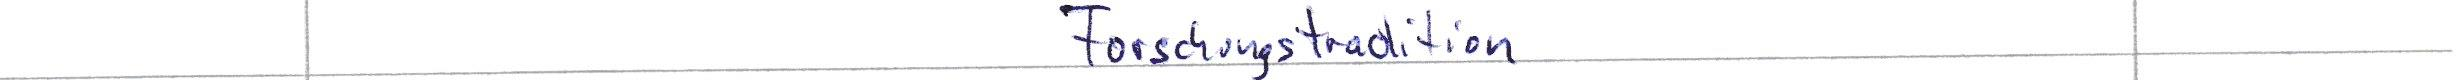
Forschungstradition